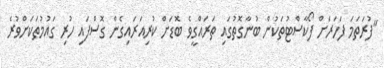
"ފުރަތަމަ ފަހަރަށް ފޯކާސްޓުތަކުން ބުނާގޮތުގައި ތަރައްގީވެ ބޮޑަށް ކުރިއަރައިގެން ގޮސްފައި ހުރި ގައުމުތަކަށްވުރެ